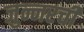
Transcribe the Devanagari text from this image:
जुन्नरची